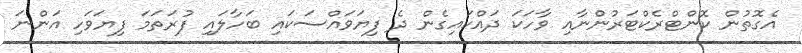
އެގޮތުން ކޮންޓްރެކްޓަރުންނާއި ވާހަކަ ދައްކައިގެން ދެ ފިޔަވައްސަކައި ބަހާލައި ފުރަތަމަ ފިޔަވަހި އަންނަ